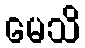
မေသိ